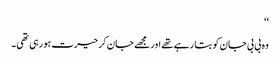
‘‘
وہ بی بی جان کو بتا رہے تھے اور مجھے جان کر حیرت ہو رہی تھی۔